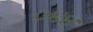
૦૪૪